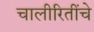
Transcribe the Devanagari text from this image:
चालीरितींचे